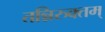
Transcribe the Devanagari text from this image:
तन्निरुक्तम्